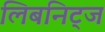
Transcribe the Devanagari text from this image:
लिबनिट्ज